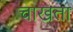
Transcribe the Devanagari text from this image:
चाखता